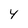
Character: y